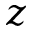
z